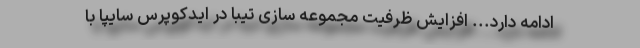
ادامه دارد... افزایش ظرفیت مجموعه سازی تیبا در ایدکوپرس سایپا با